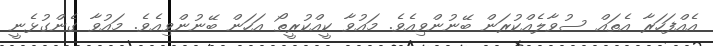
އެއްފަހަރާ އެތައް ސުވާލެއްކުރަން ބޭނުންވިއެވެ. މައުވާ ކީއްކުރީތޯ އަހަން ބޭނުންވިއެވެ. މައުވާ ގެންގުޅެނީ